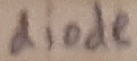
Text: diode